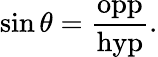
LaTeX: \sin\theta={\frac{\mathrm{opp}}{\mathrm{hyp}}}.